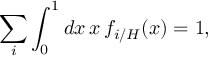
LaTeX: \sum _ { i } \int _ { 0 } ^ { 1 } d x \, x \, f _ { i / H } ( x ) = 1 ,